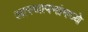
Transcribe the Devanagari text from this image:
आस्‍थापनांमध्‍ये